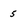
Character: 5